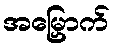
အမြှောက်